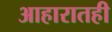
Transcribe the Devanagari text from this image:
आहारातही